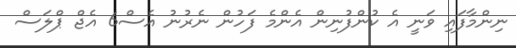
ނިންމާފައި ވަނީ އެ ކުންފުނިން އެންމެ ފަހުން ނެރުނު އެސް6 އެޖް ޕްލަސް